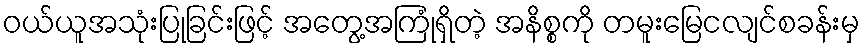
ဝယ်ယူအသုံးပြုခြင်းဖြင့် အတွေ့အကြုံရှိတဲ့ အနိစ္စကို တမူးမြေငလျင်စခန်းမှ